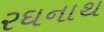
રઘનાથ